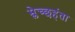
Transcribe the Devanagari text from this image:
म्लेच्छहंता